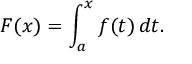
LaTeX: F ( x ) = \int _ { a } ^ { x } f ( t ) \, d t .